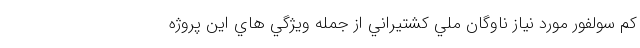
كم سولفور مورد نياز ناوگان ملي كشتيراني از جمله ويژگي هاي اين پروژه